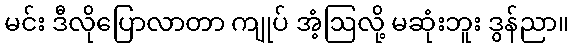
မင်း ဒီလိုပြောလာတာ ကျုပ် အံ့ဩလို့ မဆုံးဘူး ဒွန်ညာ။